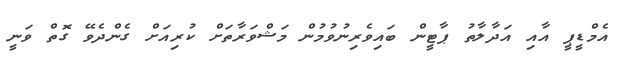
އެމްޑީޕީ އާއި އަދާލާތު ޕާޓީން ބައިވެރިނުވުމުން މަޝްވަރާތަށް ކުރިއަށް ގެންދެވޭ ގޮތް ވަނީ